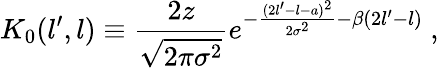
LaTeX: K_{0}(l^{\prime},l)\equiv\frac{2z}{\sqrt{2\pi\sigma^{2}}}e^{-\frac{(2l^{\prime}-l-a)^{2}}{2\sigma^{2}}-\beta(2l^{\prime}-l)}\ ,